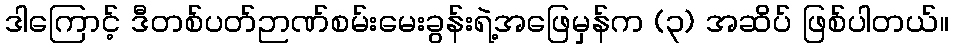
ဒါကြောင့် ဒီတစ်ပတ်ဉာဏ်စမ်းမေးခွန်းရဲ့အဖြေမှန်က (၃) အဆိပ် ဖြစ်ပါတယ်။